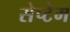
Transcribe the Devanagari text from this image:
सेप्टेम